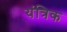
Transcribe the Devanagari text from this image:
यंत्रिक